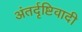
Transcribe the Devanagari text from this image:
अंतर्दृष्टिवादी